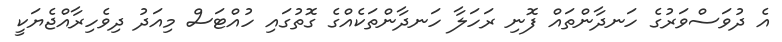
އެ ދުވަސްވަރުގެ ހަނދާންތައް ފޮނި ރަހަލާ ހަނދާންތަކެއްގެ ގޮތުގައި ހުއްޓަސް މިއަދު ދިވެހިރާއްޖެޔަކީ